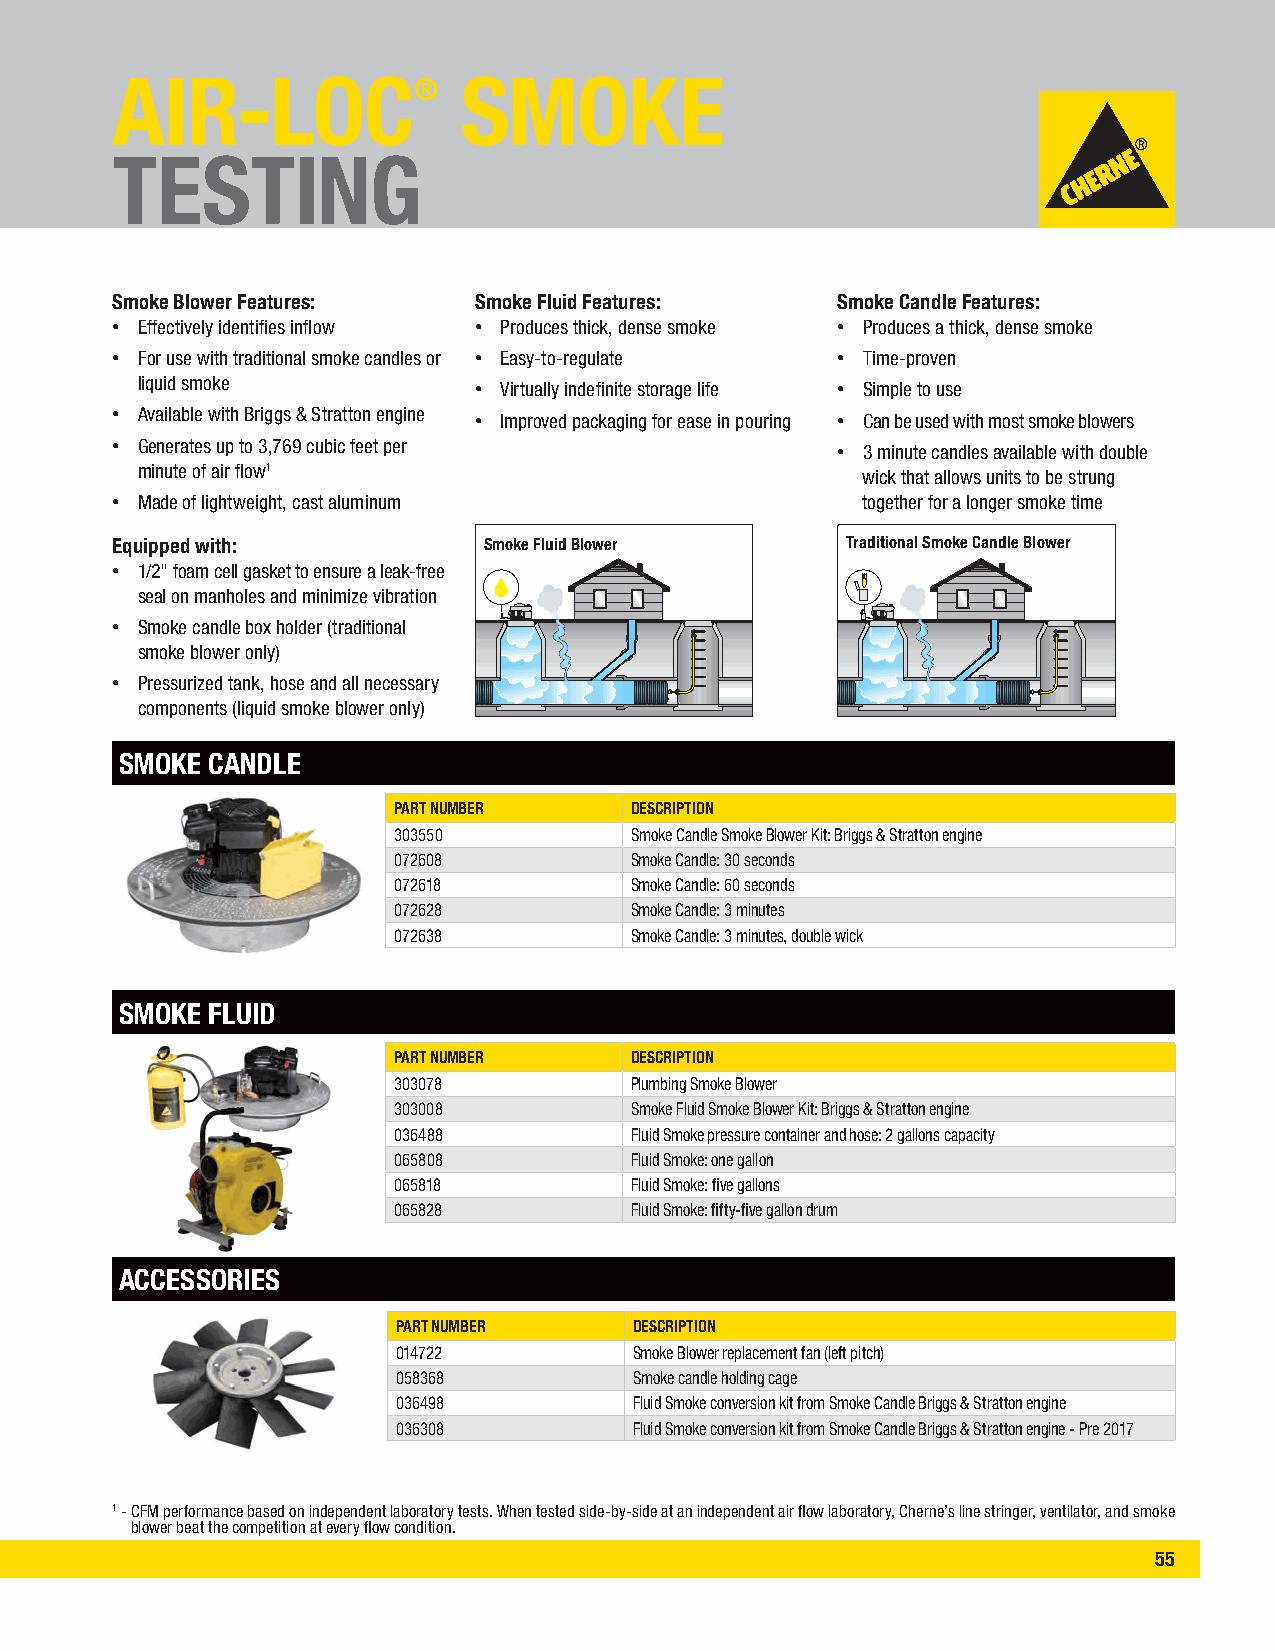
AIR-LOC®                SMOKE
 TESTING
 Smoke Blower Features:  Smoke Fluid Features:   Smoke Candle Features:
 • Effectively identifies inflow • Produces thick, dense smoke • Produces a thick, dense smoke
 • For use with traditional smoke candles or • Easy-to-regulate • Time-proven
 liquid smoke          • Virtually indefinite storage life • Simple to use
 • Available with Briggs & Stratton engine • Improved packaging for ease in pouring • Can be used with most smoke blowers
 • Generates up to 3,769 cubic feet per          • 3 minute candles available with double
 minute of air flow1                             wick that allows units to be strung
 • Made of lightweight, cast aluminum              together for a longer smoke time
 Equipped with:           Smoke Fluid Blower      Traditional Smoke Candle Blower
 • 1/2" foam cell gasket to ensure a leak-free
 seal on manholes and minimize vibration
 • Smoke candle box holder (traditional
 smoke blower only)
 • Pressurized tank, hose and all necessary
 components (liquid smoke blower only)
 SMOKE CANDLE
 PART NUMBER     DESCRIPTION
 303550          Smoke Candle Smoke Blower Kit: Briggs & Stratton engine
 072608          Smoke Candle: 30 seconds
 072618          Smoke Candle: 60 seconds
 072628          Smoke Candle: 3 minutes
 072638          Smoke Candle: 3 minutes, double wick
 SMOKE FLUID
 PART NUMBER     DESCRIPTION
 303078          Plumbing Smoke Blower
 303008          Smoke Fluid Smoke Blower Kit: Briggs & Stratton engine
 036488          Fluid Smoke pressure container and hose: 2 gallons capacity
 065808          Fluid Smoke: one gallon
 065818          Fluid Smoke: five gallons
 065828          Fluid Smoke: fifty-five gallon drum
 ACCESSORIES
 PART NUMBER     DESCRIPTION
 014722          Smoke Blower replacement fan (left pitch)
 058368          Smoke candle holding cage
 036498          Fluid Smoke conversion kit from Smoke Candle Briggs & Stratton engine
 036308          Fluid Smoke conversion kit from Smoke Candle Briggs & Stratton engine - Pre 2017
 1 - CFM performance based on independent laboratory tests. When tested side-by-side at an independent air flow laboratory, Cherne’s line stringer, ventilator, and smoke
 blower beat the competition at every flow condition.
 55